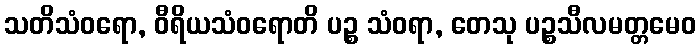
သတိသံဝရော, ဝီရိယသံဝရောတိ ပဉ္စ သံဝရာ, တေသု ပဉ္စသီလမတ္တမေဝ